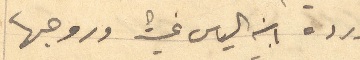
ورده ابنه الياس غيث وروجها